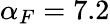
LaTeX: \alpha_{F}=7.2